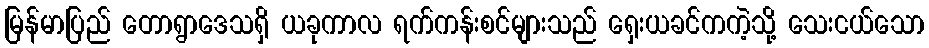
မြန်မာပြည် တောရွာဒေသရှိ ယခုကာလ ရက်ကန်းစင်များသည် ရှေးယခင်ကကဲ့သို့ သေးငယ်သော